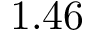
1 . 4 6